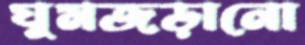
ঘুমজড়ানো